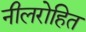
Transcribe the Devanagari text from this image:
नीलरोहित